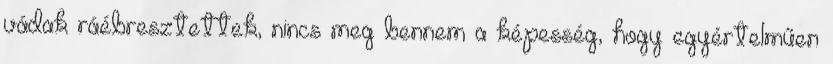
vádak ráébresztettek, nincs meg bennem a képesség, hogy egyértelműen